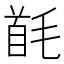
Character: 𩠔